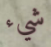
شيء